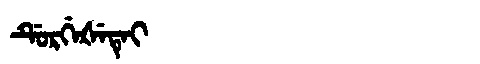
Manchu: ᡩᡠᡵᡤᡝᡧᡝᡨᡝᡳ
Romanization: DURGEŠETEI